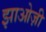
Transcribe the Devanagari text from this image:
झाओज़ी